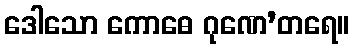
ဒေါသော ကောဓေ ဂုဏေ’တရေ။